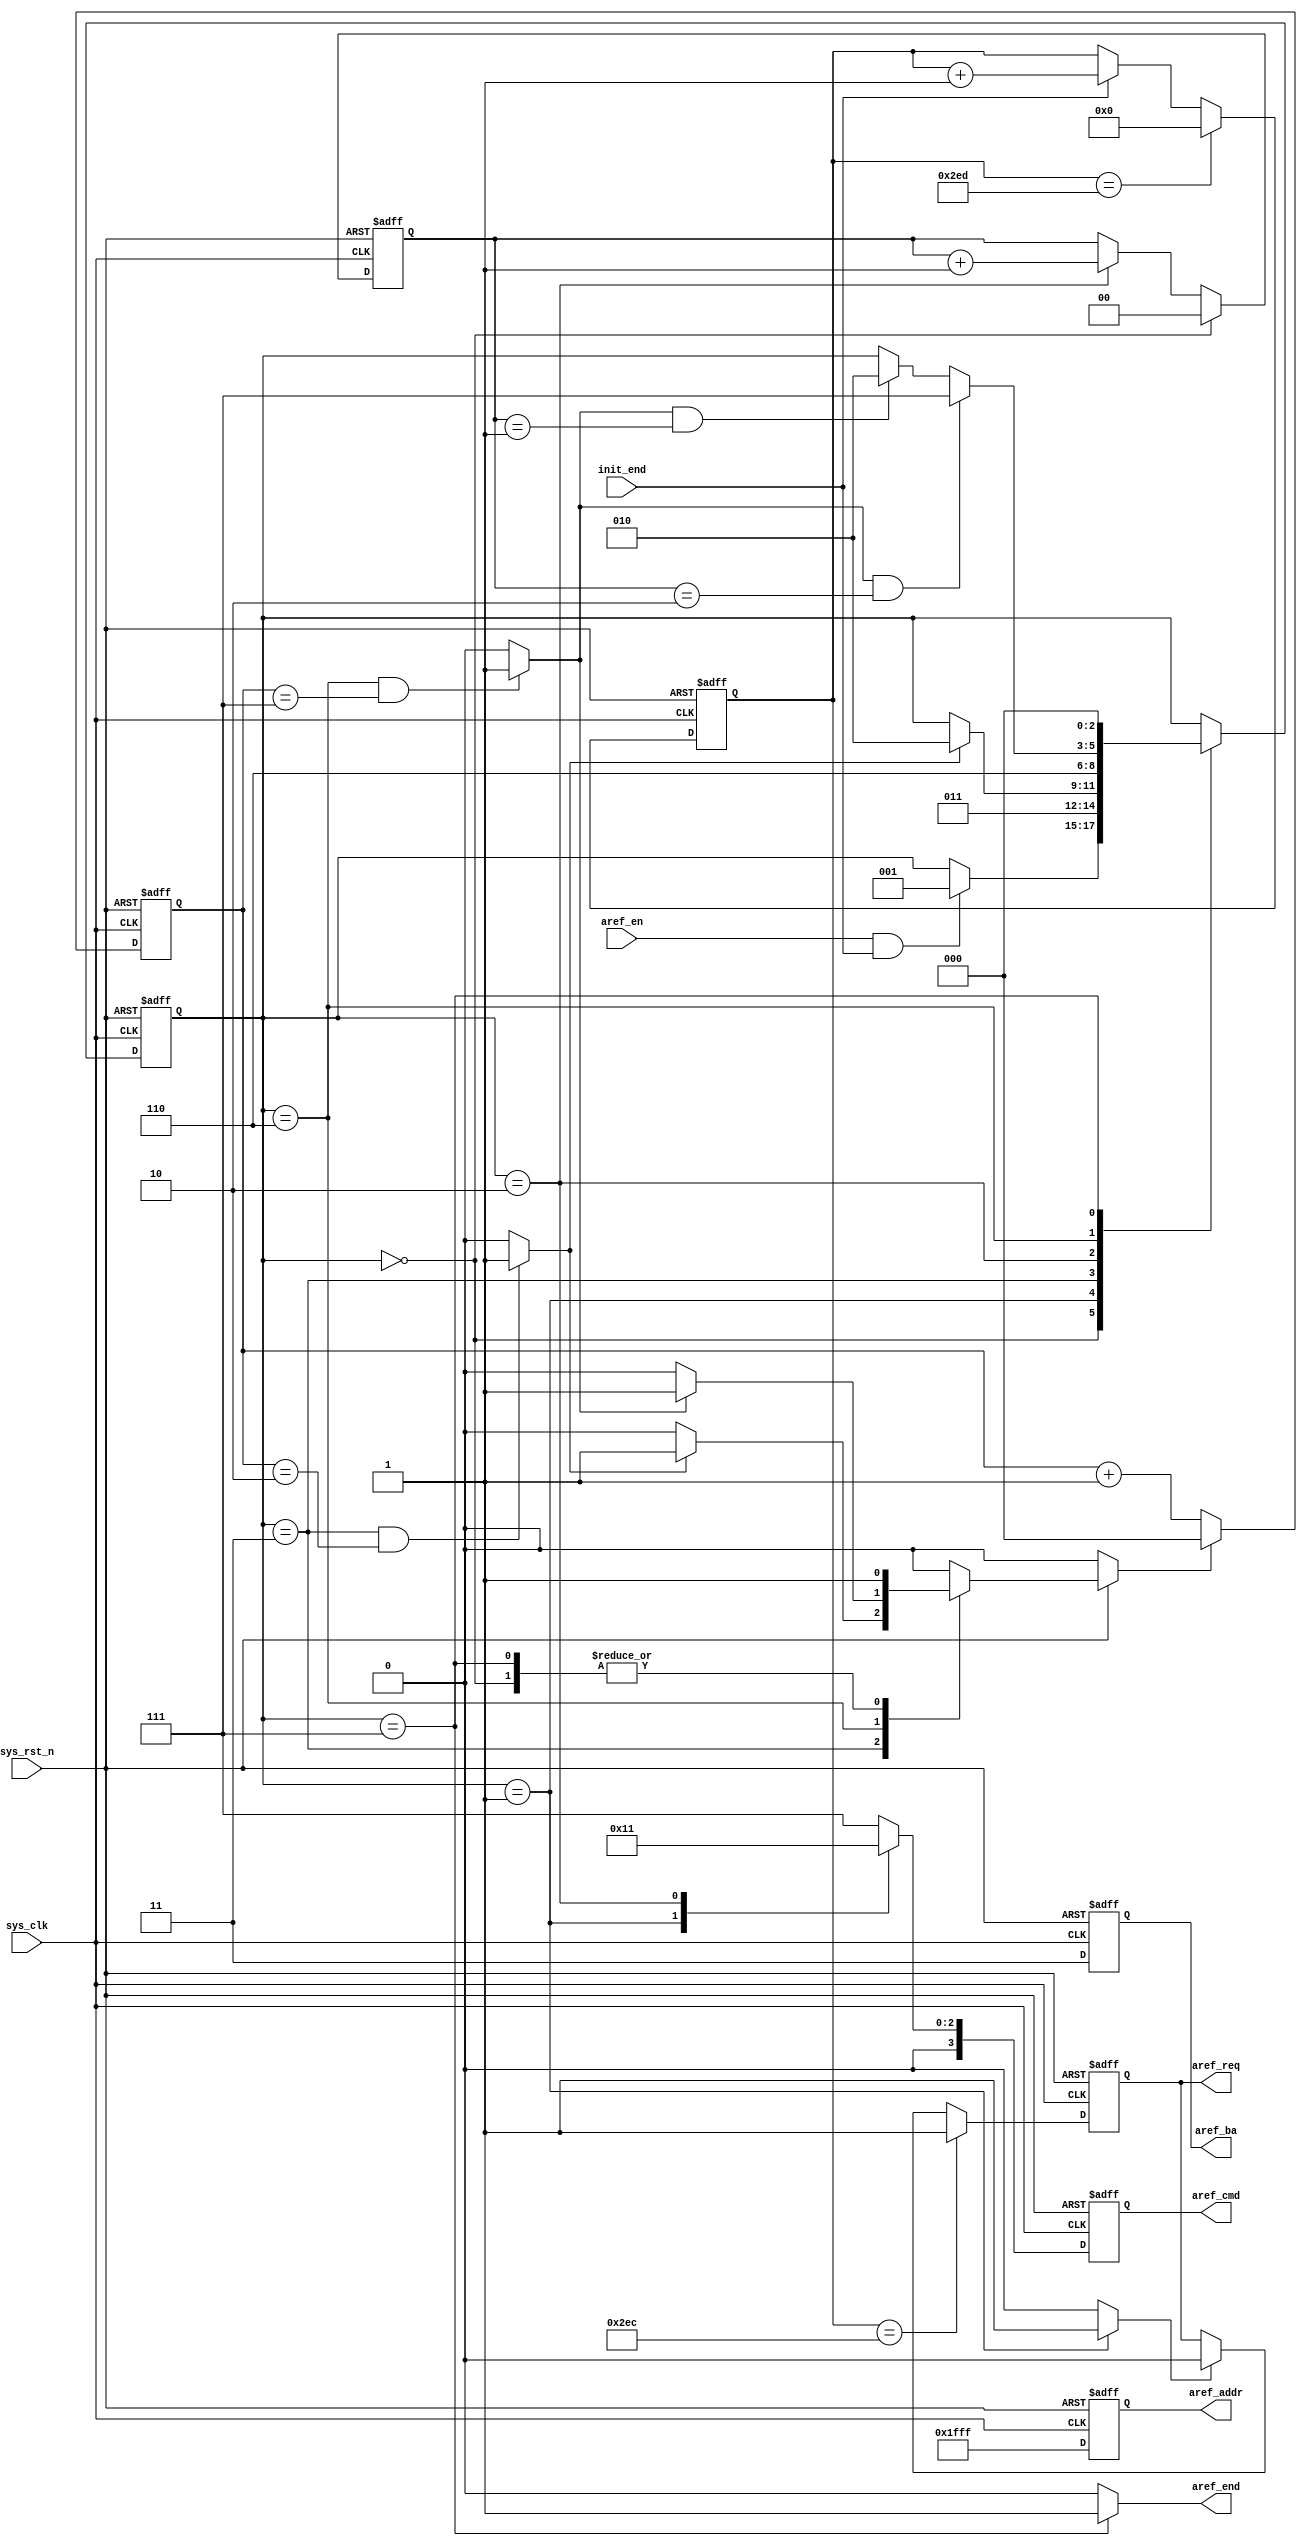
module  sdram_aref
(
    input   wire            sys_clk     , // 100MHz clk
    input   wire            sys_rst_n   ,
    input   wire            init_end    ,
    input   wire            aref_en     ,
    
    output  reg             aref_req    ,
    output  reg     [3:0]   aref_cmd    ,
    output  reg     [1:0]   aref_ba     ,
    output  reg     [12:0]  aref_addr   ,
    output  wire            aref_end    


);

parameter   T_AREF     = 10'd749;// 64ms / 8192 cycle = 7.812us, using 7.5us for refresh 1 cycles.

parameter   NOP         = 4'b0111,
            P_CHARGE    = 4'b0010,
            AUTO_REF    = 4'b0001;

parameter   AREF_IDLE   = 3'b000,
            AREF_PRE    = 3'b001,
            AREF_TRP    = 3'b011,
            AREF_AR     = 3'b010,
            AREF_TRFC   = 3'b110,
            AREF_END    = 3'b111;

parameter   TRP_CLK     =   3'd2,   //pre-charge wait,20ns
            TRFC_CLK    =   3'd7;   //auto-refresh wait,70ns

wire            trp_end; //
wire            trfc_end; //
wire            aref_ack;//

reg     [2:0]   aref_state;
reg     [9:0]   cnt_ref;//
reg     [2:0]   cnt_clk;//
reg             cnt_clk_rst; //
reg     [1:0]   cnt_aref;//

assign aref_ack = (aref_state == AREF_PRE) ? 1'b1 : 1'b0;
assign aref_end = (aref_state == AREF_END) ? 1'b1 : 1'b0;

assign trp_end = (aref_state == AREF_TRP && cnt_clk == TRP_CLK)
                    ? 1'b1 : 1'b0;
assign trfc_end = (aref_state == AREF_TRFC && cnt_clk == TRFC_CLK)
                    ? 1'b1 : 1'b0;

always@(posedge sys_clk or negedge sys_rst_n)
    if(sys_rst_n == 1'b0)
        cnt_ref <= 10'd0;
    else if(cnt_ref == T_AREF)
        cnt_ref <= 10'd0;
    else if(init_end == 1'b1)
        cnt_ref <= cnt_ref + 1'b1;
    
always@(posedge sys_clk or negedge sys_rst_n)
    if(sys_rst_n == 1'b0)
        aref_req <= 1'b0;
    else if(cnt_ref == T_AREF - 1'b1)
        aref_req <= 1'b1;
    else if(aref_ack == 1'b1)
        aref_req <= 1'b0;

always@(posedge sys_clk or negedge sys_rst_n)
    if(sys_rst_n == 1'b0)
        cnt_clk <= 3'd0;
    else if(cnt_clk_rst == 1'b1)
        cnt_clk <= 3'd0;
    else
        cnt_clk <= cnt_clk + 1'b1;


always@(*)
    if(sys_rst_n == 1'b0)
        cnt_clk_rst <= 1'b0;
    else
        case(aref_state)
            AREF_IDLE   : cnt_clk_rst <= 1'b1;
            AREF_TRP    : cnt_clk_rst <= (trp_end == 1'b1) ? 1'b1 : 1'b0;
            AREF_TRFC   : cnt_clk_rst <= (trfc_end == 1'b1) ? 1'b1 : 1'b0;
            AREF_END    : cnt_clk_rst <= 1'b1;
            default:    cnt_clk_rst <= 1'b0;
        endcase

always@(posedge sys_clk or negedge sys_rst_n)
    if(sys_rst_n == 1'b0)
        cnt_aref <= 2'd0;
    else if(aref_state == AREF_IDLE)
        cnt_aref <= 2'd0;
    else if(aref_state == AREF_AR)
        cnt_aref <= cnt_aref + 1'b1;

always@(posedge sys_clk or negedge sys_rst_n)
    if(sys_rst_n == 1'b0)
        aref_state <= AREF_IDLE;
    else
        case(aref_state)
            AREF_IDLE :
                if((aref_en == 1'b1) && (init_end == 1'b1))
                    aref_state <= AREF_PRE;
            AREF_PRE  :
                    aref_state <= AREF_TRP;
            AREF_TRP  :
                if(trp_end == 1'b1)
                    aref_state <= AREF_AR;
            AREF_AR   :
                    aref_state <= AREF_TRFC;
            AREF_TRFC :
                if(trfc_end == 1'b1 && cnt_aref == 2'd2)
                    aref_state <= AREF_END;
                else if(trfc_end == 1'b1 && cnt_aref == 2'd1)
                    aref_state <= AREF_AR;
            AREF_END  :
                    aref_state <= AREF_IDLE;
            default: aref_state <= aref_state;
         endcase

always@(posedge sys_clk or negedge sys_rst_n)
    if(sys_rst_n == 1'b0)
        begin
            aref_cmd    <=  NOP;
            aref_ba     <=  2'b11;
            aref_addr   <=  13'h1fff;
        end
    else
        case(aref_state)
            AREF_IDLE,AREF_TRP,AREF_TRFC:    //NOP
                begin
                    aref_cmd    <=  NOP;
                    aref_ba     <=  2'b11;
                    aref_addr   <=  13'h1fff;
                end
            AREF_PRE:  //PRE CHARGE
                begin
                    aref_cmd    <=  P_CHARGE;
                    aref_ba     <=  2'b11;
                    aref_addr   <=  13'h1fff;
                end 
            AREF_AR:   //AUTO REFRESH
                begin
                    aref_cmd    <=  AUTO_REF;
                    aref_ba     <=  2'b11;
                    aref_addr   <=  13'h1fff;
                end
            AREF_END:   //AUTO REFRESH END
                begin
                    aref_cmd    <=  NOP;
                    aref_ba     <=  2'b11;
                    aref_addr   <=  13'h1fff;
                end    
            default:
                begin
                    aref_cmd    <=  NOP;
                    aref_ba     <=  2'b11;
                    aref_addr   <=  13'h1fff;
                end    
        endcase

endmodule